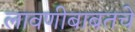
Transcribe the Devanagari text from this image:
लावणीबाबतचे